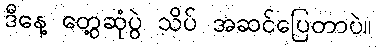
ဒီနေ့ တွေ့ဆုံပွဲ သိပ် အဆင်ပြေတာပဲ။